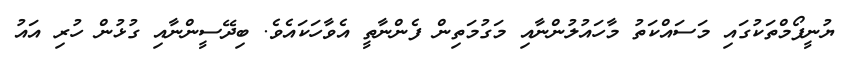
ޔުނީފޯމްތަކުގައި މަސައްކަތު މާހައުލުންނާއި މަގުމަތިން ފެންނާތީ އެވާހަކައެވެ. ބިދޭސީންނާއި ގުޅުން ހުރި އައު